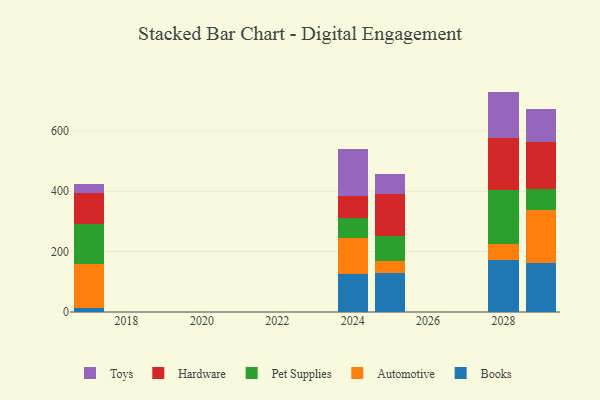
{"axis": {"x": "Year", "y": "Population (Million)"}, "legend": ["Automotive", "Books", "Hardware", "Pet Supplies", "Toys"], "data": [{"x": "2028", "y": 171.9, "type": "Books"}, {"x": "2028", "y": 54.3, "type": "Automotive"}, {"x": "2028", "y": 177.4, "type": "Pet Supplies"}, {"x": "2028", "y": 172.9, "type": "Hardware"}, {"x": "2028", "y": 153.7, "type": "Toys"}, {"x": "2024", "y": 124.6, "type": "Books"}, {"x": "2024", "y": 120.3, "type": "Automotive"}, {"x": "2024", "y": 67.8, "type": "Pet Supplies"}, {"x": "2024", "y": 70.1, "type": "Hardware"}, {"x": "2024", "y": 157.2, "type": "Toys"}, {"x": "2029", "y": 161.3, "type": "Books"}, {"x": "2029", "y": 177.2, "type": "Automotive"}, {"x": "2029", "y": 68.5, "type": "Pet Supplies"}, {"x": "2029", "y": 156.6, "type": "Hardware"}, {"x": "2029", "y": 107.5, "type": "Toys"}, {"x": "2025", "y": 129.6, "type": "Books"}, {"x": "2025", "y": 39.3, "type": "Automotive"}, {"x": "2025", "y": 84.3, "type": "Pet Supplies"}, {"x": "2025", "y": 136.3, "type": "Hardware"}, {"x": "2025", "y": 67.9, "type": "Toys"}, {"x": "2017", "y": 12.3, "type": "Books"}, {"x": "2017", "y": 148.4, "type": "Automotive"}, {"x": "2017", "y": 130.2, "type": "Pet Supplies"}, {"x": "2017", "y": 104.3, "type": "Hardware"}, {"x": "2017", "y": 27.9, "type": "Toys"}]}